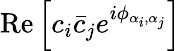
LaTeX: \mathrm{Re}\left[c_{i}\bar{c}_{j}e^{i\phi_{\alpha_{i},\alpha_{j}}}\right]